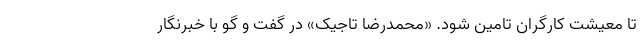
تا معیشت کارگران تامین شود. «محمدرضا تاجیک» در گفت و گو با خبرنگار